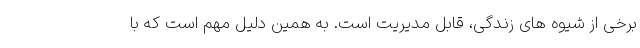
برخی از شیوه های زندگی، قابل مدیریت است. به همین دلیل مهم است که با